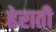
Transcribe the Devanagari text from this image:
हेराती